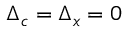
\Delta _ { c } = \Delta _ { x } = 0